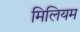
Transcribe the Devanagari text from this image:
मिलियम